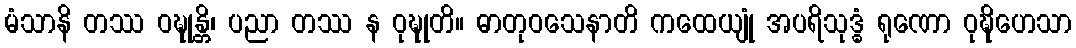
မံသာနိ တဿ ဝဍ္ဎုန္တိ၊ ပညာ တဿ န ဝုဍ္ဎုတိ။ ဓာတုဝသေနာတိ ကထေယျုံ အပရိသုဒ္ဓံ ရုဏော ဝုဍ္ဎိဟေသာ